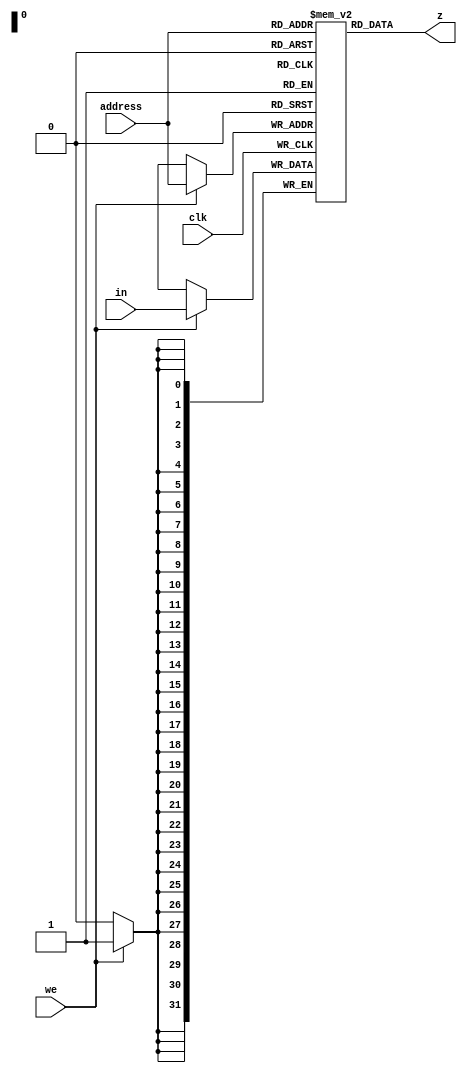
module mem(output [N-1:0]z, input [N-1:0]in, input [N-1:0]address, input we, input clk);

	parameter N = 32;
	
	reg [N-1:0] m[0: 2**N -1];
	
	integer i;
	
	initial 
	begin
		for(i=0; i<2**N -1; i++)
			m[i] = 0;
	end
	
	always @(posedge clk)
	begin
		if(we == 1)
			m[address] = in;	
	end
	
	assign z = m[address];
	
endmodule